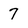
Character: 7